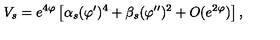
V _ { s } = e ^ { 4 \varphi } \left[ \alpha _ { s } ( \varphi ^ { \prime } ) ^ { 4 } + \beta _ { s } ( \varphi ^ { \prime \prime } ) ^ { 2 } + O ( e ^ { 2 \varphi } ) \right] ,